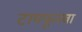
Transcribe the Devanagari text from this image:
टायफूनचा